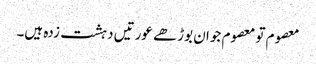
معصوم تو معصوم جوان بوڑھے عورتیں دہشت زدہ ہیں۔